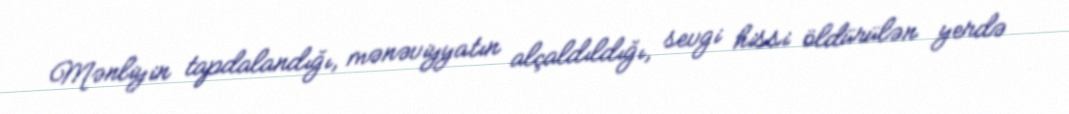
Mənliyin tapdalandığı, mənəviyyatın alçaldıldığı, sevgi hissi öldürülən yerdə